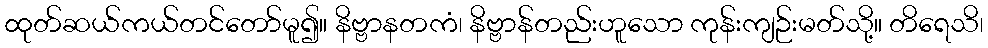
ထုတ်ဆယ်ကယ်တင်တော်မူ၍။ နိဗ္ဗာနတကံ၊ နိဗ္ဗာန်တည်းဟူသော ကုန်းကျဉ်းမတ်သို့။ တိရေသိ၊